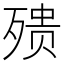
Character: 㱮